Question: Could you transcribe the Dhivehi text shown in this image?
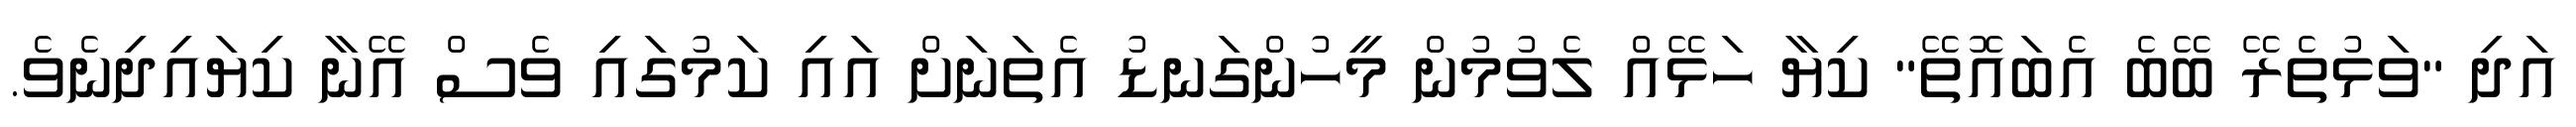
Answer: އަދި "ވަޅުތެރޭ ބޭބެ އެބައޮތޭ" ކިޔާ ހަޅޭއް ލެވުމުން މީހުންގަނޑު އެތަނަށް އައި ކަމުގައި ވެސް އޭނާ ކިޔައިދިނެވެ.